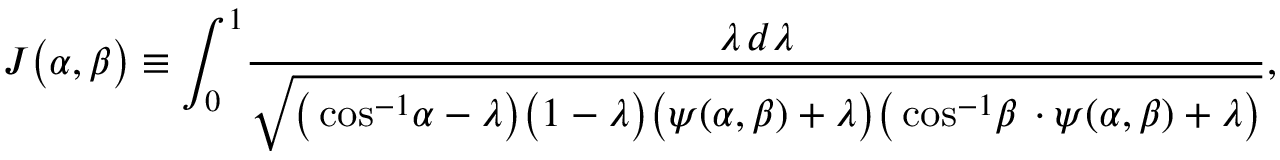
\begin{array} { l } { \displaystyle { J \big ( \alpha , \beta \big ) \equiv \int _ { 0 } ^ { 1 } \! \frac { \lambda \, d \lambda } { \sqrt { \big ( \cos ^ { - 1 } \! \alpha - \lambda \big ) \big ( 1 - \lambda \big ) \big ( \psi ( \alpha , \beta ) + \lambda \big ) \big ( \cos ^ { - 1 } \! \beta \, \cdot \psi ( \alpha , \beta ) + \lambda \big ) } } , } } \end{array}